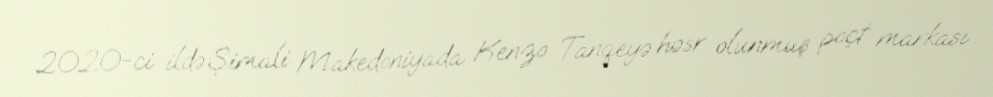
2020-ci ildə Şimali Makedoniyada Kenzo Tanqeyə həsr olunmuş poçt markası